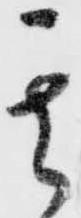
其